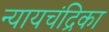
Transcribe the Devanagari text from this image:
न्यायचंद्रिका